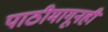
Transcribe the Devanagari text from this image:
पाठीमागूनही